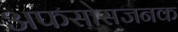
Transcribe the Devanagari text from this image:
अफसोसजनक